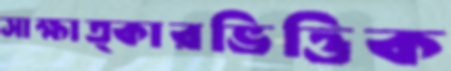
সাক্ষাত্কারভিত্তিক